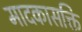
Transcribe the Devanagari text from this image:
मादकासक्ति